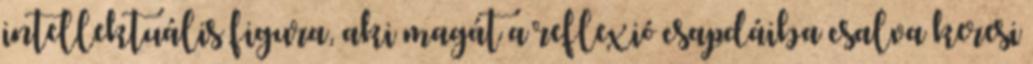
intellektuális figura, aki magát a reflexió csapdáiba csalva keresi